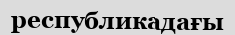
республикадағы